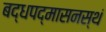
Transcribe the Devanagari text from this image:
बद्धपद्मासनस्थं